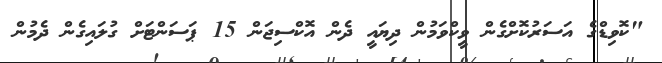
"ކޮވިޑްގެ އަސަރުކޮށްގެން ވީކްވަމުން ދިޔައީ ދެން އޮކްސިޖަން 15 ޕަސަންޓަށް ގުލައިގެން ދެމުން